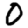
Digit: 0